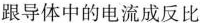
跟导体中的电流成反比